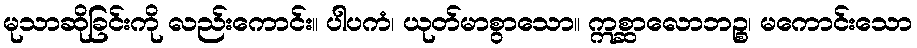
မုသာဆိုခြင်းကို လည်းကောင်း။ ပါပကံ၊ ယုတ်မာစွာသော။ ဣစ္ဆာလောဘဉ္စ၊ မကောင်းသော